Trukikaitis_Postimees, lk 18
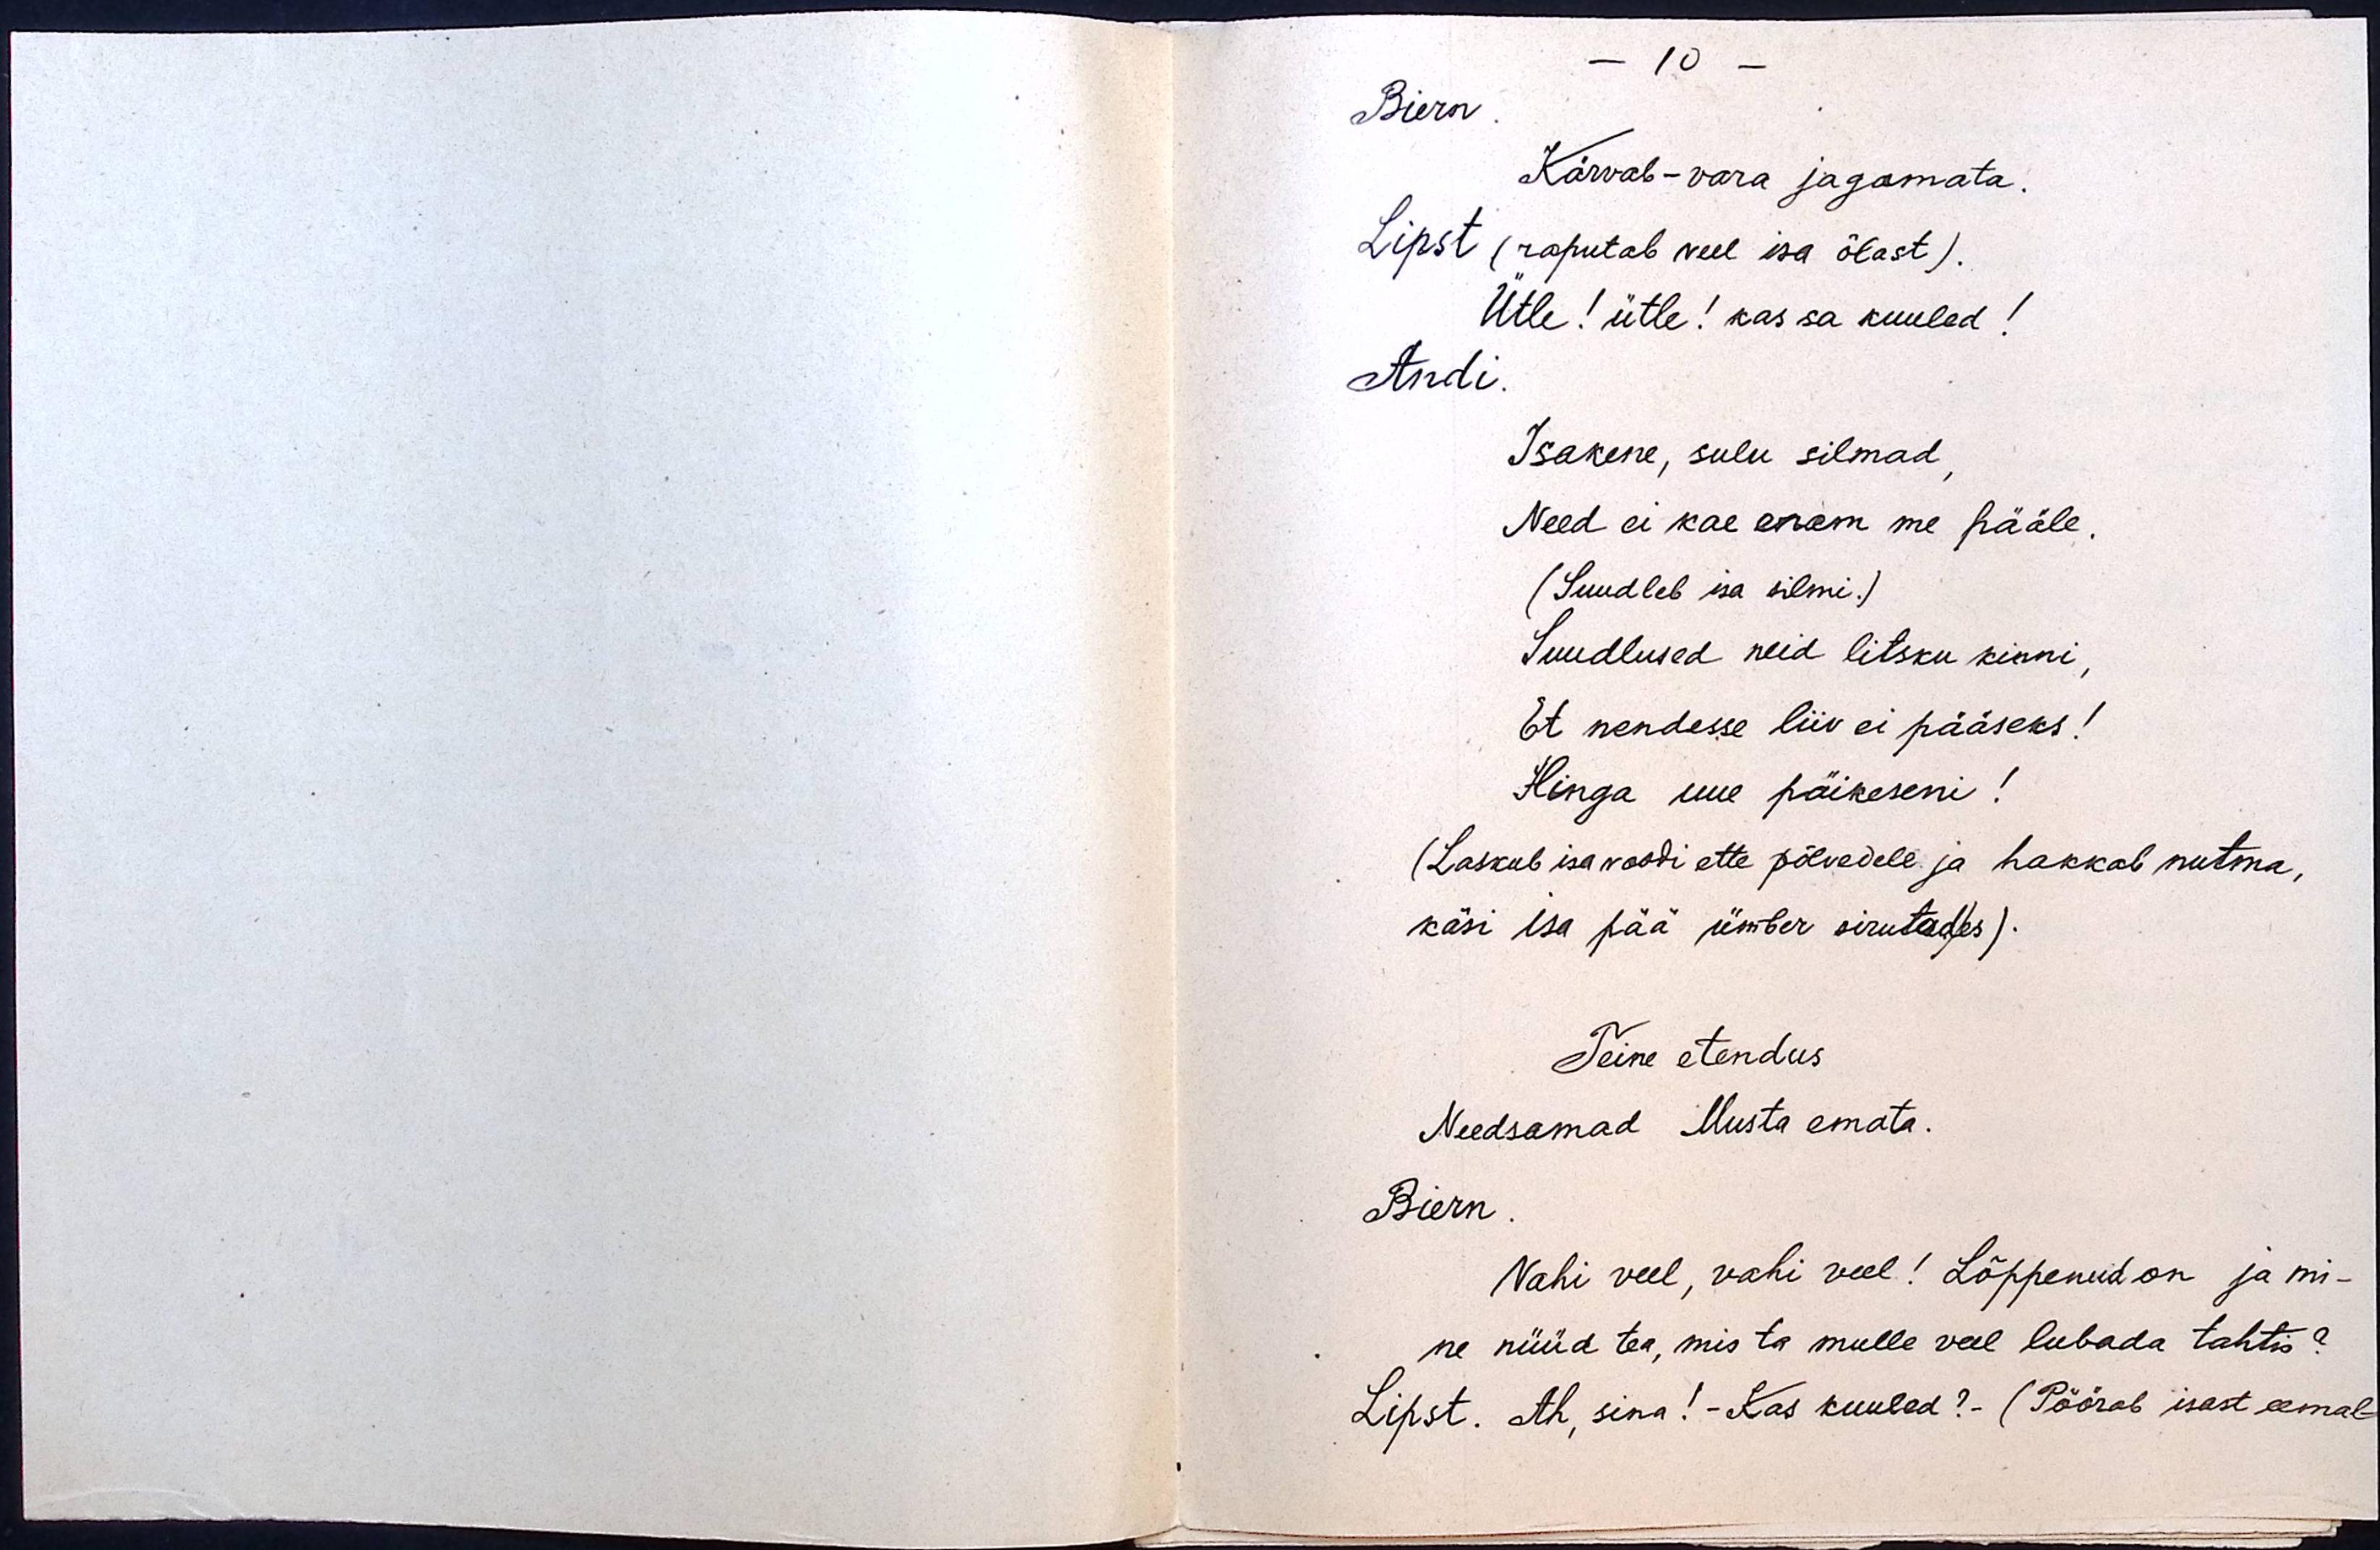
- 10 -
Biern.
Kärvab - vara jagamata.
Lipst (raputab veel isa õlast).
Ütle! ütle! kas sa kuuled!
Andi.
Isakene, sulu silmad,
Need ei kae enam me pääle.
(Suudleb isa silmi.)
Suudlused neid litsku kinni,
Et nendesse liiv ei pääseks!
Hinga uue päikeseni!
(Laskub isa voodi ette põlvedele ja hakkab nutma,
käsi isa pää ümber sirutades).
Teine etendus
Needsamad Musta emata.
Biern.
Vahi veel, vahi veel! Lõppenud on ja mi-
ne nüüd tea, mis ta mulle veel lubada tahtis?
Lipst. Ah, sina! - Kas kuuled? (Pöörab isast eemal-